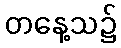
တနေ့သ၌